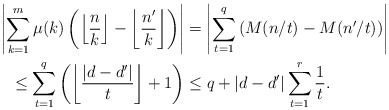
\begin{align*}\left|\sum_{k=1}^m \mu(k) \left(\left\lfloor \frac{n}{k} \right\rfloor - \left\lfloor \frac{n'}{k} \right\rfloor\right)\right| &= \left|\sum_{t=1}^q \left( M(n/t) - M(n'/t) \right)\right|\\\leq \sum_{t=1}^q \left( \left\lfloor \frac{|d-d'|}{t} \right\rfloor +1 \right) &\leq q + |d-d'| \sum_{t=1}^r \frac{1}{t}.\end{align*}